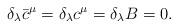
LaTeX: \begin{align*}\delta_\lambda \bar{c}^\mu = \delta_\lambda c^\mu = \delta_\lambda B = 0.\end{align*}